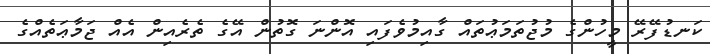
ކަނޑުފޭރޭ މީހުންގެ މުޖުތަމަޢުތައް ގާއިމުވެފައި އޮންނަ ގޮތުން އޭގެ ތެރެއިން އެއް ޖަމާޢަތެއްގެ